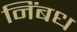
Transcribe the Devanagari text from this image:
निंबध